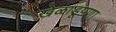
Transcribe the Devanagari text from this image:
खेळाडूपणा